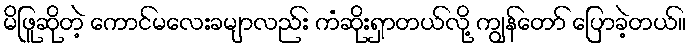
မိဖြူဆိုတဲ့ ကောင်မလေးခမျာလည်း ကံဆိုးရှာတယ်လို့ ကျွန်တော် ပြောခဲ့တယ်။